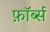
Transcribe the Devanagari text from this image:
फ़ॉर्ब्स